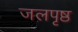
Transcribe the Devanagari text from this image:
जलपृष्ठ